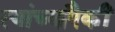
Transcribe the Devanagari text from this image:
त्यांच्यापैकीं